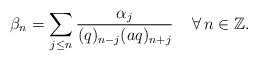
LaTeX: \begin{align*}\beta_n=\sum_{j\leq n}\frac{\alpha_j}{(q)_{n-j}(aq)_{n+j}}\;\;\;\;\forall\,n\in\mathbb{Z}.\end{align*}